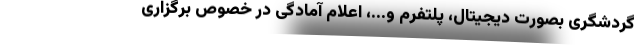
گردشگری بصورت دیجیتال، پلتفرم و...، اعلام آمادگی در خصوص برگزاری